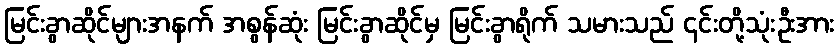
မြင်းခွာဆိုင်များအနက် အစွန်ဆုံး မြင်းခွာဆိုင်မှ မြင်းခွာရိုက် သမားသည် ၎င်းတို့သုံးဦးအား